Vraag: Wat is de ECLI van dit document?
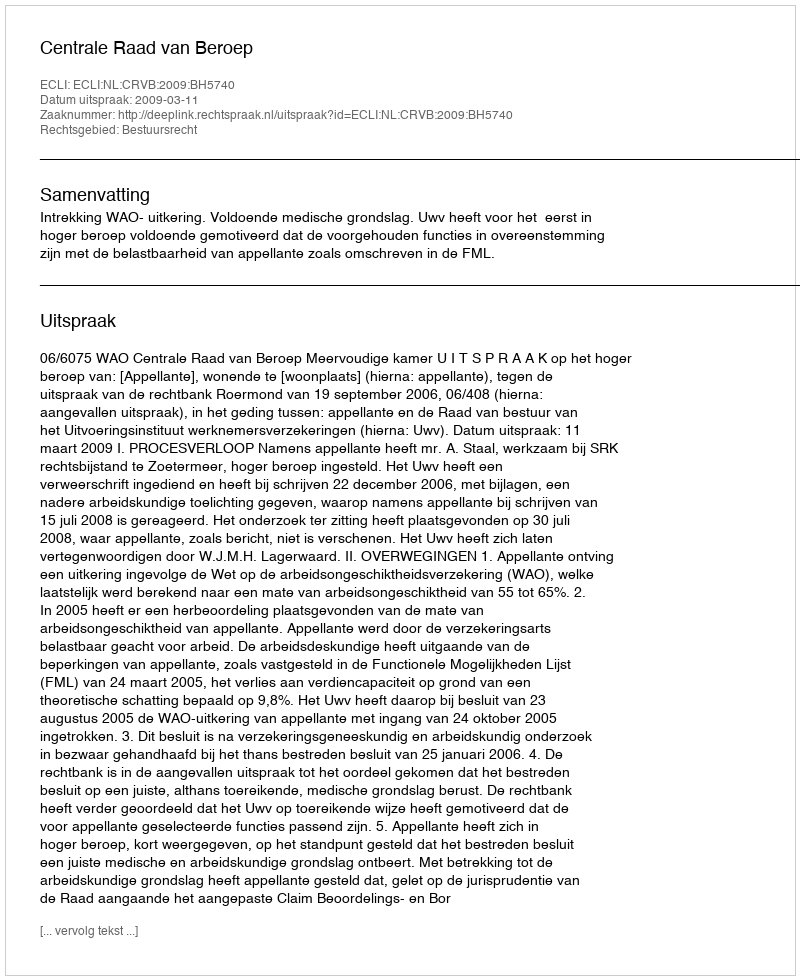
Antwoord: ECLI:NL:CRVB:2009:BH5740